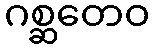
ဂစ္ဆတေဝ